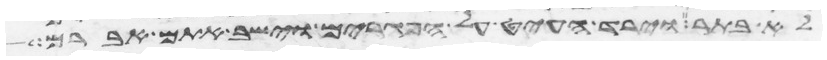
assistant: לא בתר וירד העיט על הפגרים וישב אתם אברם